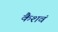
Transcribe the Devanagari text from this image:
कैशवं